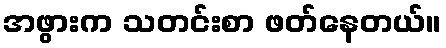
အဖွားက သတင်းစာ ဖတ်နေတယ်။